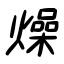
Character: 燥